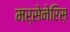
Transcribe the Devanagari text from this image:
मर्सेनेरिस़